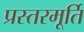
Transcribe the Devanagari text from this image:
प्रस्तरमूर्ति